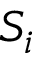
S _ { i }